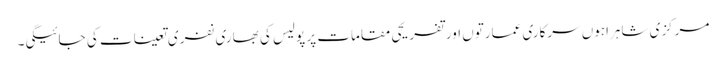
مرکزی شاہراہوں سرکاری عمارتوں اور تفریحی مقامات پر پولیس کی بھاری نفری تعینات کی جائیگی۔